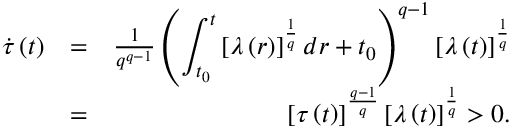
\begin{array} { r l r } { \dot { \tau } \left( t \right) } & { = } & { \frac { 1 } { q ^ { q - 1 } } \left( \displaystyle \int _ { t _ { 0 } } ^ { t } \left[ \lambda \left( r \right) \right] ^ { \frac { 1 } { q } } d r + t _ { 0 } \right) ^ { q - 1 } \left[ \lambda \left( t \right) \right] ^ { \frac { 1 } { q } } } \\ & { = } & { \left[ \tau \left( t \right) \right] ^ { \frac { q - 1 } { q } } \left[ \lambda \left( t \right) \right] ^ { \frac { 1 } { q } } > 0 . } \end{array}